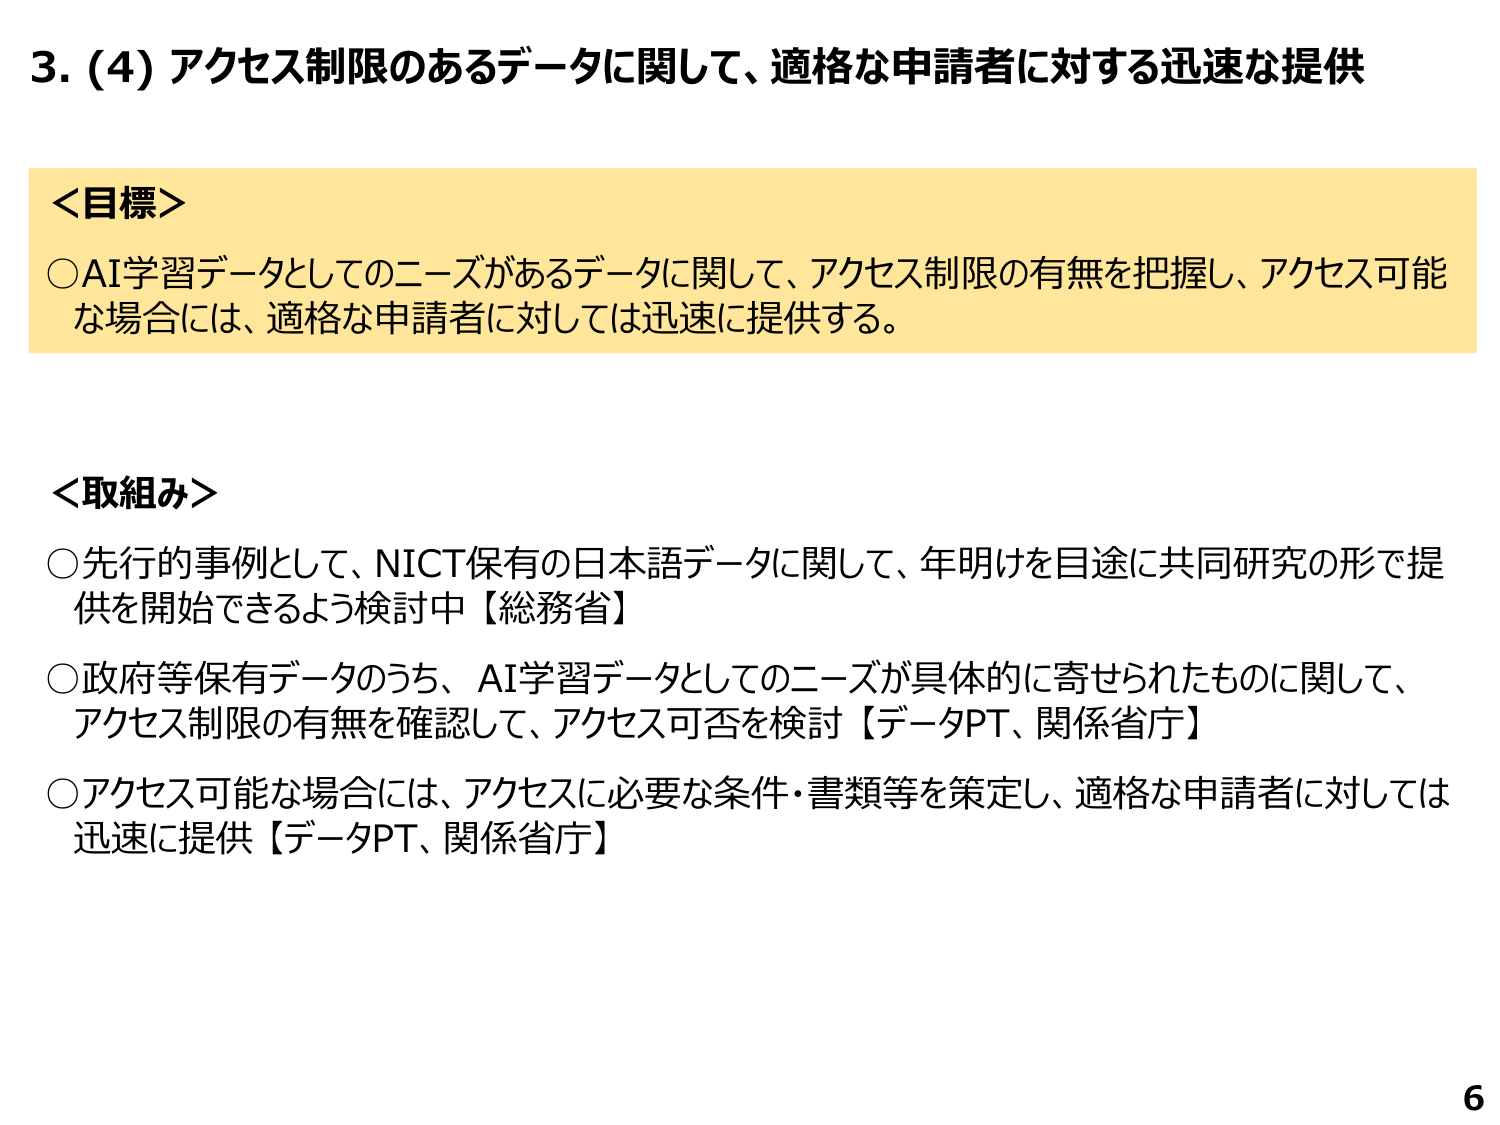
3. (4) アクセス制限のあるデータに関して、適格な申請者に対する迅速な提供

＜目標＞
○AI学習データとしてのニーズがあるデータに関して、アクセス制限の有無を把握し、アクセス可能な場合には、適格な申請者に対しては迅速に提供する。

＜取組み＞
○先行的事例として、NICT保有の日本語データに関して、年明けを目途に共同研究の形で提供を開始できるよう検討中【総務省】
○政府等保有データのうち、AI学習データとしてのニーズが具体的に寄せられたものに関して、アクセス制限の有無を確認して、アクセス可否を検討【データPT、関係省庁】
○アクセス可能な場合には、アクセスに必要な条件・書類等を策定し、適格な申請者に対しては迅速に提供【データPT、関係省庁】

6